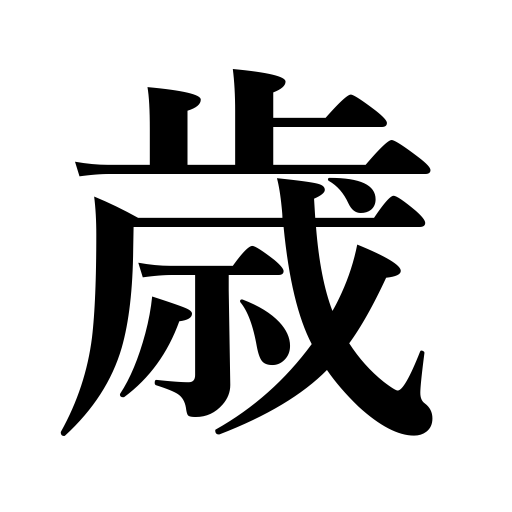
Meanings: limit,time,age,occasion,year,vicinity,opportunity